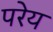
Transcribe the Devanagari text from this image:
परेय